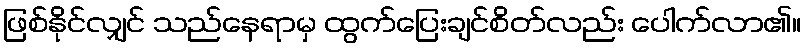
ဖြစ်နိုင်လျှင် သည်နေရာမှ ထွက်ပြေးချင်စိတ်လည်း ပေါက်လာ၏။